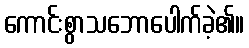
ကောင်းစွာသဘောပေါက်ခဲ့၏။